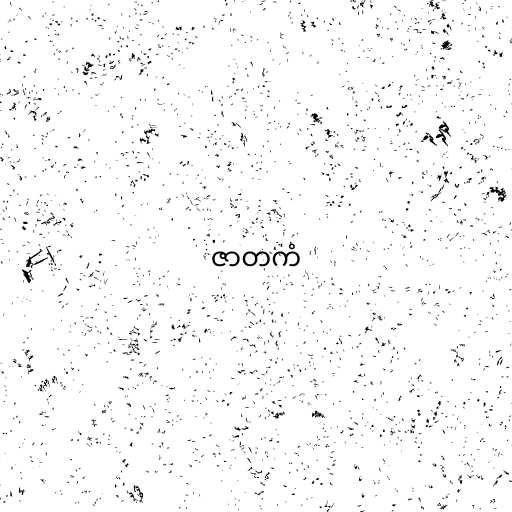
ဇာတကံ